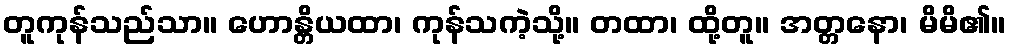
တူကုန်သည်သာ။ ဟောန္တိယထာ၊ ကုန်သကဲ့သို့။ တထာ၊ ထို့တူ။ အတ္တနော၊ မိမိ၏။